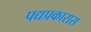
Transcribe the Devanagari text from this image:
पद्यप्रकारास